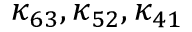
\kappa _ { 6 3 } , \kappa _ { 5 2 } , \kappa _ { 4 1 }